Report of the Hyderabad Chloroform Commission
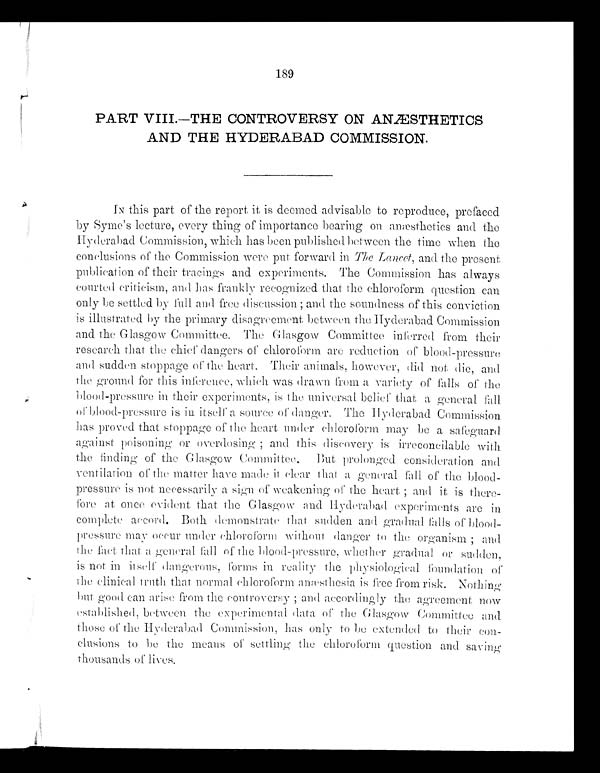
189
PART VIII.—THE CONTROVERSY ON ANESTHETICS
AND THE HYDERABAD COMMISSION.
IN this part of the report, it is deemed advisable to reproduce, prefaced
by Syme's lecture, every thing of importance bearing on an æ sthetics and the
Hyderabad Commission, which has been published between the time when the
conclusions or the Commission were put, forward in The Lancet, and the present,
publication of their tracings and experiments. The Commission has always
courted criticism, and has frankly recognized that the chloroform question can
only be settled by full and free discussion ; and the soundness of this conviction
is illustrated by the primary disagreement, between the Ilyderabad Commission
and the Glasgow Committee. The Glasgow Committee inferred from their
research that the chief dangers of chloroform are reduction of blood-pressure
and sudden stoppage of the heart. Their animals, however, did not die, and
the ground for this inference, which was drawn from a variety or falls of the
blood-pressure in their experiments, is the universal belief that a general fall
of blood-pressure is in itself a source of danger. The Ilyderabad Commission
has proved that stoppage of the heart under chloroform may be a safeguard
against poisoning or overdosing ; and this discovery is irreconcilable with
the finding of the Glasgow Committee,. But prolonged consideration and
ventilation of the matter have made it clear that a general fall of the blood-
pressure is not necessarily a sign of weakening of the heart ; and it is there-
fore at once evident that the Glasgow and Hyderabad experiments are in
complete accord. Both demonstrate that sudden aml gradual falls of blood-
pressure may occur under chloroform without danger to the organism ;
a n d
the fact that a general fall of the blood-pressure, whether gradual or sudden,
is not in itself dangerous, Forms in reality the physiolog ical foundation of
the clinical truth that normal chloroform anæ sthesia is free from risk. Nothing
but good can arise from the controversy ; and accordingly the agreement now
established, between the experimental data of the Glasgow Committee and
those of the Hyderabad Commission, has only to be extended to their con-
clusions to be the means of settling the chloroform question and saving
thousands of lives.